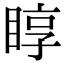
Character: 𥇜